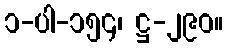
၁-ပါ-၁၅၄၊ ဋ္ဌ-၂၉၀။